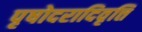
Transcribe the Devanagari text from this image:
पृषोदरादिवृत्ति